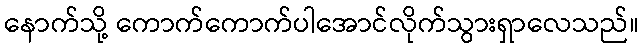
နောက်သို့ ကောက်ကောက်ပါအောင်လိုက်သွားရှာလေသည်။